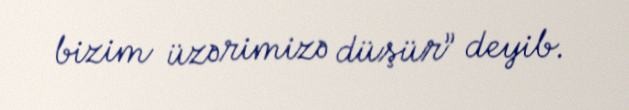
bizim üzərimizə düşür” deyib.